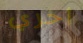
أخري